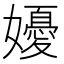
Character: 𭒩